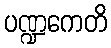
ပဏ္ဍကေတိ